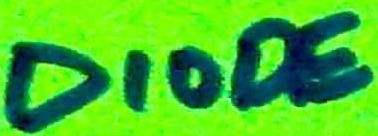
Text: DIODE